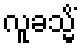
လူခသ္မိံ